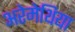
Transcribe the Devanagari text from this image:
अरेमेथिया